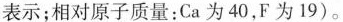
表示；相对原子质量：Ca为40，F为19)。